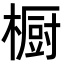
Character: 橱